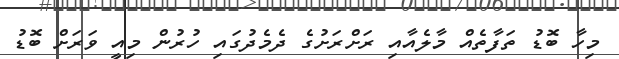
މިހާ ބޮޑު ތަފާތެއް މާލެއާއި ރަށްރަށުގެ ދެމެދުގައި ހުރުން މިއީ ވަރަށް ބޮޑު